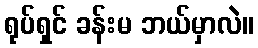
ရုပ်ရှင် ခန်းမ ဘယ်မှာလဲ။